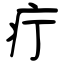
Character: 疔